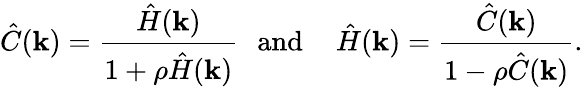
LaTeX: {\hat{C}}(\mathbf{k})={\frac{{\hat{H}}(\mathbf{k})}{1+\rho{\hat{H}}(\mathbf{k})}}\, \, \, \, {\mathrm{and}}\, \, \, \, \, \, \, {\hat{H}}(\mathbf{k})={\frac{{\hat{C}}(\mathbf{k})}{1-\rho{\hat{C}}(\mathbf{k})}}.